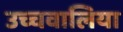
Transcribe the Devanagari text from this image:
उच्चवालिया